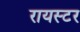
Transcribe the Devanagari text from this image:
रायस्टर